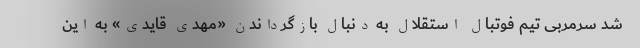
شد سرمربی تیم فوتبال استقلال به دنبال بازگرداندن «مهدی قایدی» به این